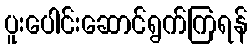
ပူးပေါင်းဆောင်ရွက်ကြရန်